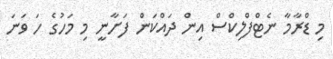
މި ޑްރާމާ ނެޓްފްލިކްސް އިން ދައްކަން ފަށާނީ މި މަހުގެ ހަ ވަނަ